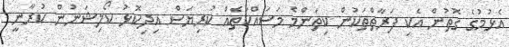
އެޅުމުގެ ގޮތުން އެކި ފަރާތްތަކުން ކިތަންމެ މަސައްކަތެއް ކުރިޔަސް އިދިކޮޅު ކޯލިޝަނުން ކުރާނީ